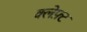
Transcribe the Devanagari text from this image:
क्लेफ़्ट